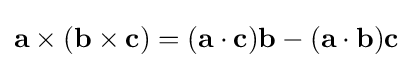
\mathbf {a} \times (\mathbf {b} \times \mathbf {c} )=(\mathbf {a} \cdot \mathbf {c} )\mathbf {b} -(\mathbf {a} \cdot \mathbf {b} )\mathbf {c}